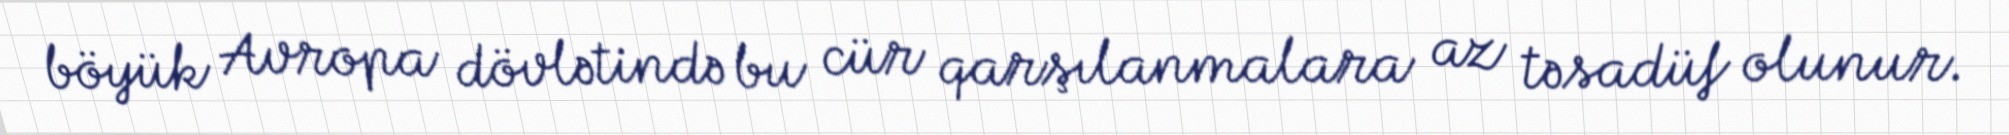
böyük Avropa dövlətində bu cür qarşılanmalara az təsadüf olunur.